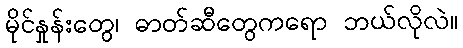
မိုင်နှုန်းတွေ၊ ဓာတ်ဆီတွေကရော ဘယ်လိုလဲ။